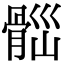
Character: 𩩀